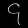
Digit: ၄